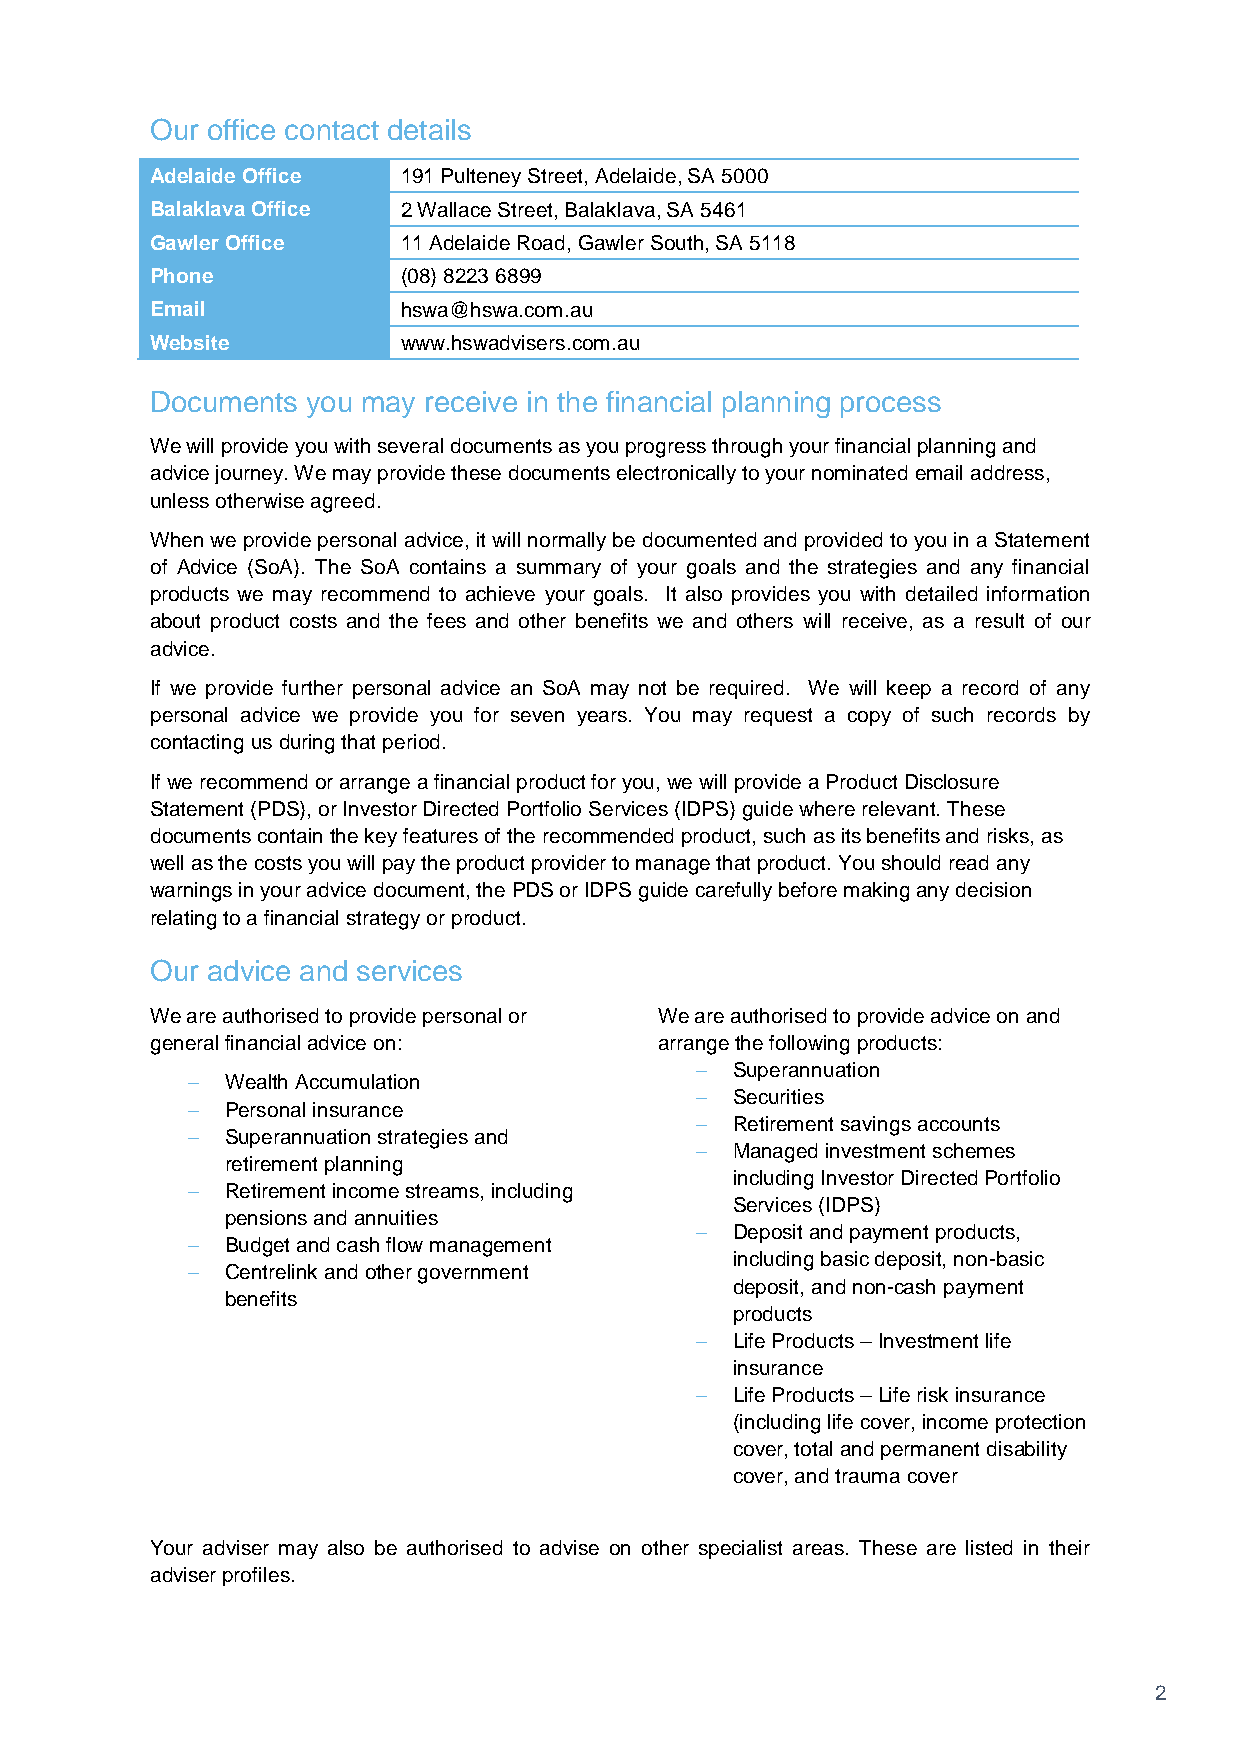
Our office contact details
 Adelaide Office  191 Pulteney Street, Adelaide, SA 5000
 Balaklava Office 2 Wallace Street, Balaklava, SA 5461
 Gawler Office    11 Adelaide Road, Gawler South, SA 5118
 Phone            (08) 8223 6899
 Email            hswa@hswa.com.au
 Website          www.hswadvisers.com.au
 Documents you may receive in the financial planning process
 We will provide you with several documents as you progress through your financial planning and
 advice journey. We may provide these documents electronically to your nominated email address,
 unless otherwise agreed.
 When we provide personal advice, it will normally be documented and provided to you in a Statement
 of Advice (SoA). The SoA contains a summary of your goals and the strategies and any financial
 products we may recommend to achieve your goals. It also provides you with detailed information
 about product costs and the fees and other benefits we and others will receive, as a result of our
 advice.
 If we provide further personal advice an SoA may not be required. We will keep a record of any
 personal advice we provide you for seven years. You may request a copy of such records by
 contacting us during that period.
 If we recommend or arrange a financial product for you, we will provide a Product Disclosure
 Statement (PDS), or Investor Directed Portfolio Services (IDPS) guide where relevant. These
 documents contain the key features of the recommended product, such as its benefits and risks, as
 well as the costs you will pay the product provider to manage that product. You should read any
 warnings in your advice document, the PDS or IDPS guide carefully before making any decision
 relating to a financial strategy or product.
 Our advice and services
 We are authorised to provide personal or We are authorised to provide advice on and
 general financial advice on:      arrange the following products:
   Superannuation
   Wealth Accumulation
   Securities
   Personal insurance
   Retirement savings accounts
   Superannuation strategies and
   Managed investment schemes
 retirement planning
 including Investor Directed Portfolio
   Retirement income streams, including
 Services (IDPS)
 pensions and annuities
   Deposit and payment products,
   Budget and cash flow management
 including basic deposit, non-basic
   Centrelink and other government
 deposit, and non-cash payment
 benefits
 products
   Life Products – Investment life
 insurance
   Life Products – Life risk insurance
 (including life cover, income protection
 cover, total and permanent disability
 cover, and trauma cover
 Your adviser may also be authorised to advise on other specialist areas. These are listed in their
 adviser profiles.
 2